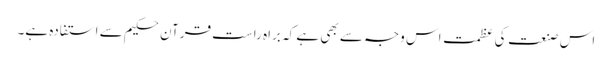
اس صنعت کی عظمت اس وجہ سے بھی ہے کہ براہ راست قرآن حکیم سے استفادہ ہے۔